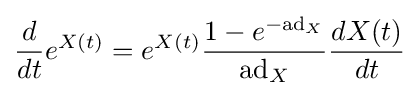
{\frac {d}{dt}}e^{X(t)}=e^{X(t)}{\frac {1-e^{-\mathrm {ad} _{X}}}{\mathrm {ad} _{X}}}{\frac {dX(t)}{dt}}